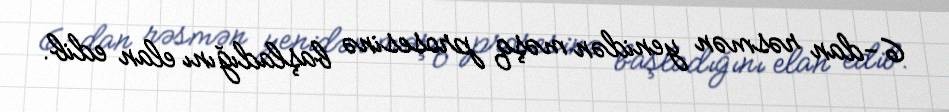
6-dan rəsmən yenidən məşq prosesinə başladığını elan edib.